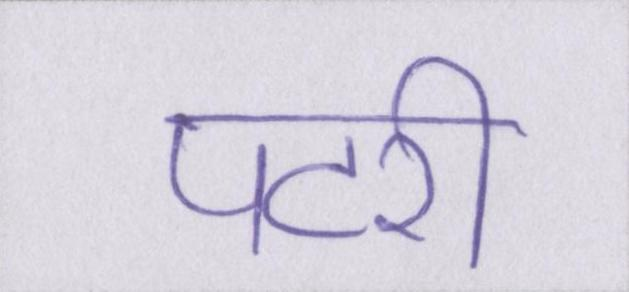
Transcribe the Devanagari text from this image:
पटरी